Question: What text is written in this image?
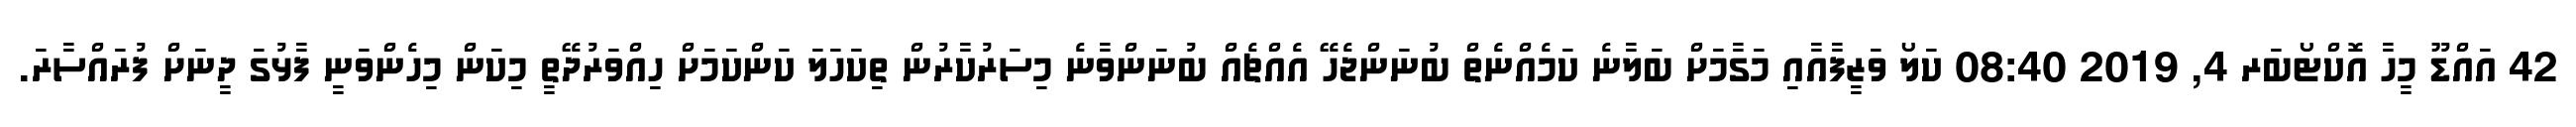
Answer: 42 އައްޑޫ މީހާ އޮކްޓޯބަރ 4, 2019 08:40 ކަލޯ ވަޒީފާއާއި މަގާމަށް ބަލާނެ ކަމެއްނެތް ބުނަންޖެހޭ އެއްޗެއް ބުނަންވާނެ މިސަރުކާރުން ތިކަހަލަ ކަންކަމަށް ހިއްވަރުދޭތީ މިކަން މިހެންވަނީ ފާޅުގަ ދީނަށް ފުރައްސާރަ.